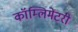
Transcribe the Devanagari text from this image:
कॉम्लिमेंटरी